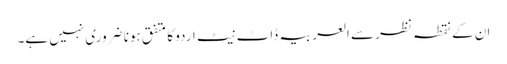
ان کے نقطہ نظر سے العربیہ ڈاٹ نیٹ اردو کا متفق ہونا ضروری نہیں ہے۔